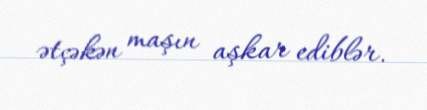
ətçəkən maşın aşkar ediblər.